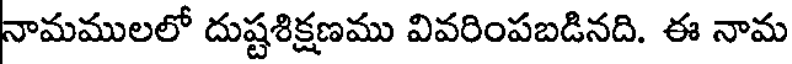
నామములలో దుష్టశిక్షణము వివరింపబడినది. ఈ నామ